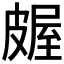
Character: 𬐖